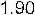
1.90